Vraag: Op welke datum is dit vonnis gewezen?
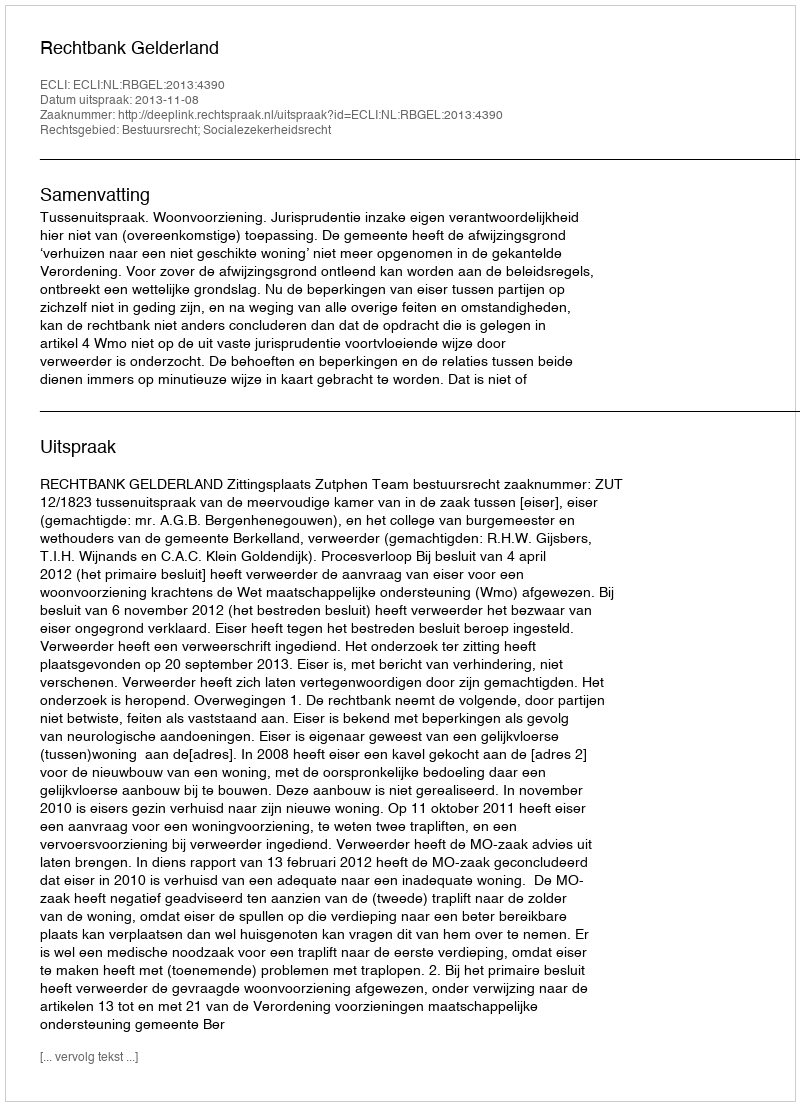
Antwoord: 2013-11-08